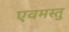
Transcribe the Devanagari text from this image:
एवमस्तु